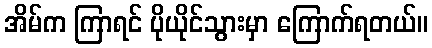
အိမ်က ကြာရင် ပိုယိုင်သွားမှာ ကြောက်ရတယ်။